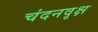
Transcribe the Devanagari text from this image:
चंदनवृक्ष